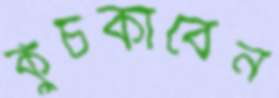
কুঁচকাবেন